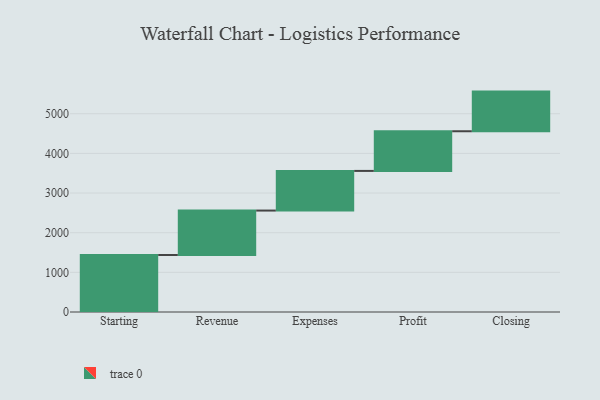
{"axis": {"x": "Step", "y": "Value"}, "legend": [""], "data": [{"x": "Starting", "y": 1438.0, "type": ""}, {"x": "Revenue", "y": 1120.0, "type": ""}, {"x": "Expenses", "y": 1000, "type": ""}, {"x": "Profit", "y": 1000, "type": ""}, {"x": "Closing", "y": 1000, "type": ""}]}